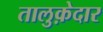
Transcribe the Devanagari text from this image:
तालुक़ेदार